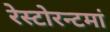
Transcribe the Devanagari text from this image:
रेस्‍टोरन्टमां